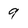
Character: 9